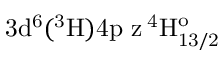
\mathrm { 3 d ^ { 6 } ( ^ { 3 } H ) 4 p \ z \, ^ { 4 } H _ { 1 3 / 2 } ^ { o } }